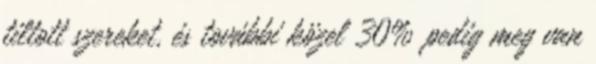
tiltott szereket, és további közel 30% pedig meg van